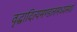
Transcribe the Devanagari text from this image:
वृद्धादित्यमण्डलमध्यस्थां